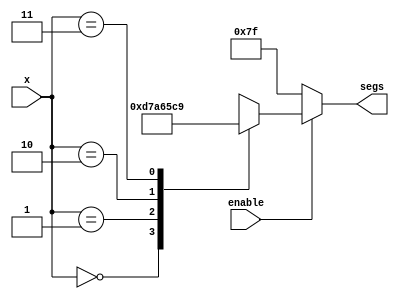
/* displays a two bit number on a display in binary */

module binary_to_sseg
(
	input [1:0] x,
	input enable,
	output reg [6:0] segs
);
	always @(*)
		if (enable)
			case(x)
				2'b00 : segs = 7'b110_1011;
				2'b01 : segs = 7'b110_1001;
				2'b10 : segs = 7'b100_1011;
				2'b11 : segs = 7'b100_1001;
			endcase
		else segs = 7'b111_1111;
		
endmodule